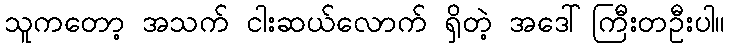
သူကတော့ အသက် ငါးဆယ်လောက် ရှိတဲ့ အဒေါ်ကြီးတဦးပါ။